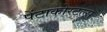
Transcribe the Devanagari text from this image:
पेंटाकोस्टल्स